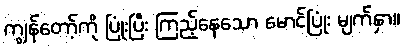
ကျွန်တော့်ကို ပြုံးပြီး ကြည့်နေသော မောင်ပြုံး မျက်နှာ။